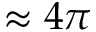
\approx 4 \pi